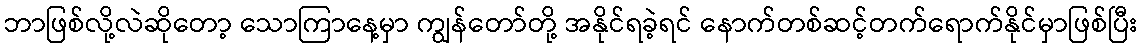
ဘာဖြစ်လို့လဲဆိုတော့ သောကြာနေ့မှာ ကျွန်တော်တို့ အနိုင်ရခဲ့ရင် နောက်တစ်ဆင့်တက်ရောက်နိုင်မှာဖြစ်ပြီး